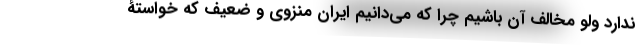
ندارد ولو مخالف آن باشیم چرا که می‌دانیم ایرانِ منزوی و ضعیف که خواستۀ